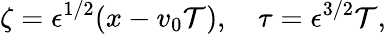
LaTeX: \zeta=\epsilon^{1/2}(x-v_{0}\mathcal{T}),~~~~\tau=\epsilon^{3/2}\mathcal{T},